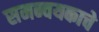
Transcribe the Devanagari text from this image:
समन्वयकाचे